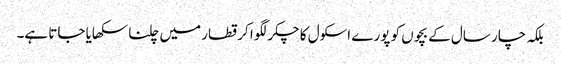
بلکہ چار سال کے بچوں کو پورے اسکول کا چکر لگوا کر قطار میں چلنا سکھایا جاتا ہے۔